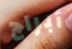
أبراج